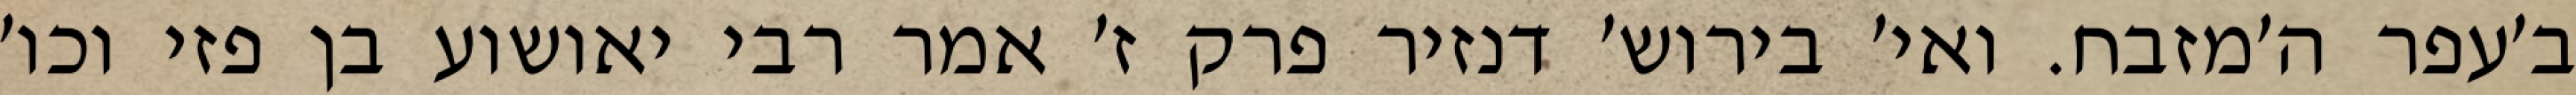
ב׳עפר ה׳מזבח. ואי׳ בירוש׳ דנזיר פרק ז׳ אמר רבי יאושוע בן פזי וכו׳